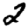
Digit: 2